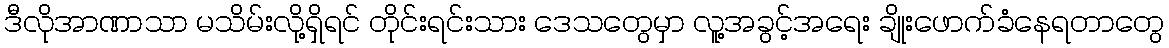
ဒီလိုအာဏာသာ မသိမ်းလို့ရှိရင် တိုင်းရင်းသား ဒေသတွေမှာ လူ့အခွင့်အရေး ချိုးဖောက်ခံနေရတာတွေ